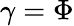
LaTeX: \gamma=\Phi